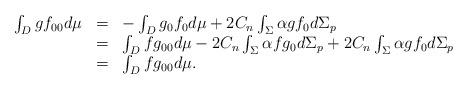
LaTeX: \begin{align*}\begin{array}{ccl}\int_{D}gf_{00}d\mu & = & -\int_{D}g_{0}f_{0}d\mu +2C_{n}\int_{\Sigma}\alpha gf_{0}d\Sigma _{p} \\ & = & \int_{D}fg_{00}d\mu -2C_{n}\int_{\Sigma }\alpha fg_{0}d\Sigma_{p}+2C_{n}\int_{\Sigma }\alpha gf_{0}d\Sigma _{p} \\ & = & \int_{D}fg_{00}d\mu .\end{array}\end{align*}